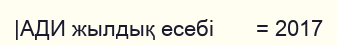
|АДИ жылдық есебі       = 2017